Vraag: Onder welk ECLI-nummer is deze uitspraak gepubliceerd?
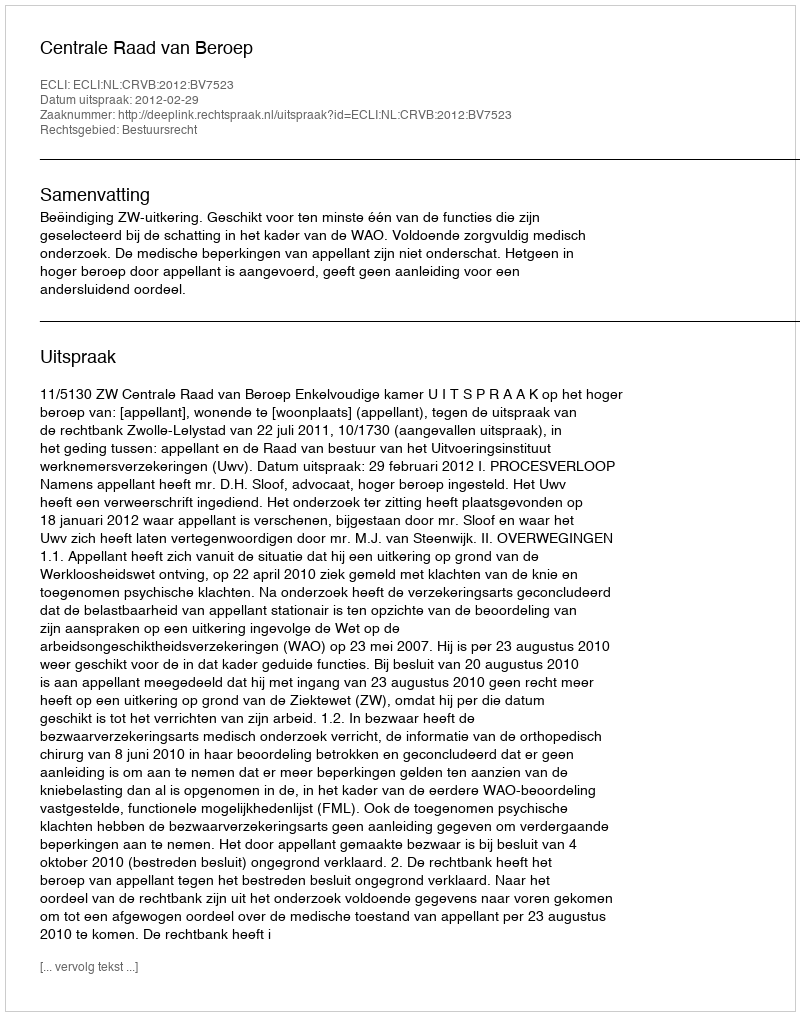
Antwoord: ECLI:NL:CRVB:2012:BV7523